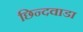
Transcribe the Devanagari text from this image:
छिन्दवाडा